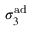
\sigma _ { 3 } ^ { \mathrm { a d } }